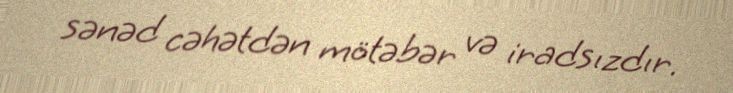
sənəd cəhətdən mötəbər və iradsızdır.